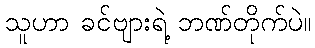
သူဟာ ခင်ဗျားရဲ့ ဘဏ်တိုက်ပဲ။